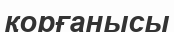
қорғанысы